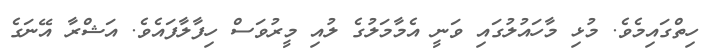
ހިތްގައިމެވެ. މުޅި މާހައުލުގައި ވަނީ އެމާމަލުގެ ލުއި މީރުވަސް ހިފާލާފައެވެ. އަޝްރާ އޭނަގެ